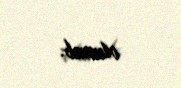
olunub.